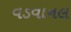
વડવાનલ